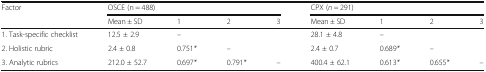
<table><thead><tr><td rowspan="2"><b>Factor</b></td><td colspan="4"><b>OSCE (n = 488)</b></td><td colspan="4"><b>CPX (<i>n</i> = 291)</b></td></tr><tr><td><b>Mean ± SD</b></td><td><b>1</b></td><td><b>2</b></td><td><b>3</b></td><td><b>Mean ± SD</b></td><td><b>1</b></td><td><b>2</b></td><td><b>3</b></td></tr></thead><tbody><tr><td>1. Task-specific checklist</td><td>12.5 ± 2.9</td><td>–</td><td></td><td></td><td>28.1 ± 4.8</td><td>–</td><td></td><td></td></tr><tr><td>2. Holistic rubric</td><td>2.4 ± 0.8</td><td>0.751<i>*</i></td><td>–</td><td></td><td>2.4 ± 0.7</td><td>0.689<i>*</i></td><td>–</td><td></td></tr><tr><td>3. Analytic rubrics</td><td>212.0 ± 52.7</td><td>0.697<i>*</i></td><td>0.791<i>*</i></td><td>–</td><td>400.4 ± 62.1</td><td>0.613<i>*</i></td><td>0.655<i>*</i></td><td>–</td></tr></tbody></table>